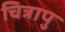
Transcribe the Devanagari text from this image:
चित्रापु